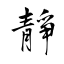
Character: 靜